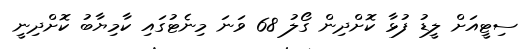
ސިޓީއަށް ލީޑު ފުޅާ ކޮށްދިން ގޯލު 68 ވަނަ މިނެޓުގައި ކާމިޔާބު ކޮށްދިނީ